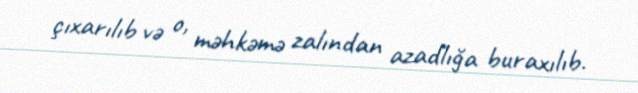
çıxarılıb və o, məhkəmə zalından azadlığa buraxılıb.